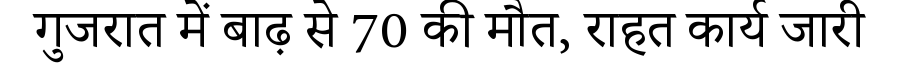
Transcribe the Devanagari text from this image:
गुजरात में बाढ़ से 70 की मौत, राहत कार्य जारी